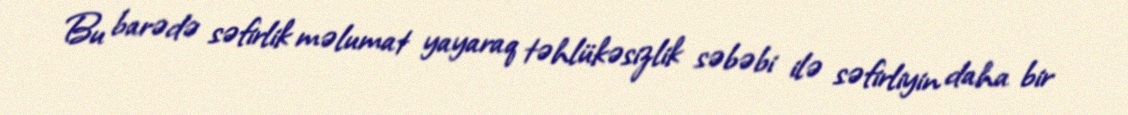
Bu barədə səfirlik məlumat yayaraq təhlükəsizlik səbəbi ilə səfirliyin daha bir